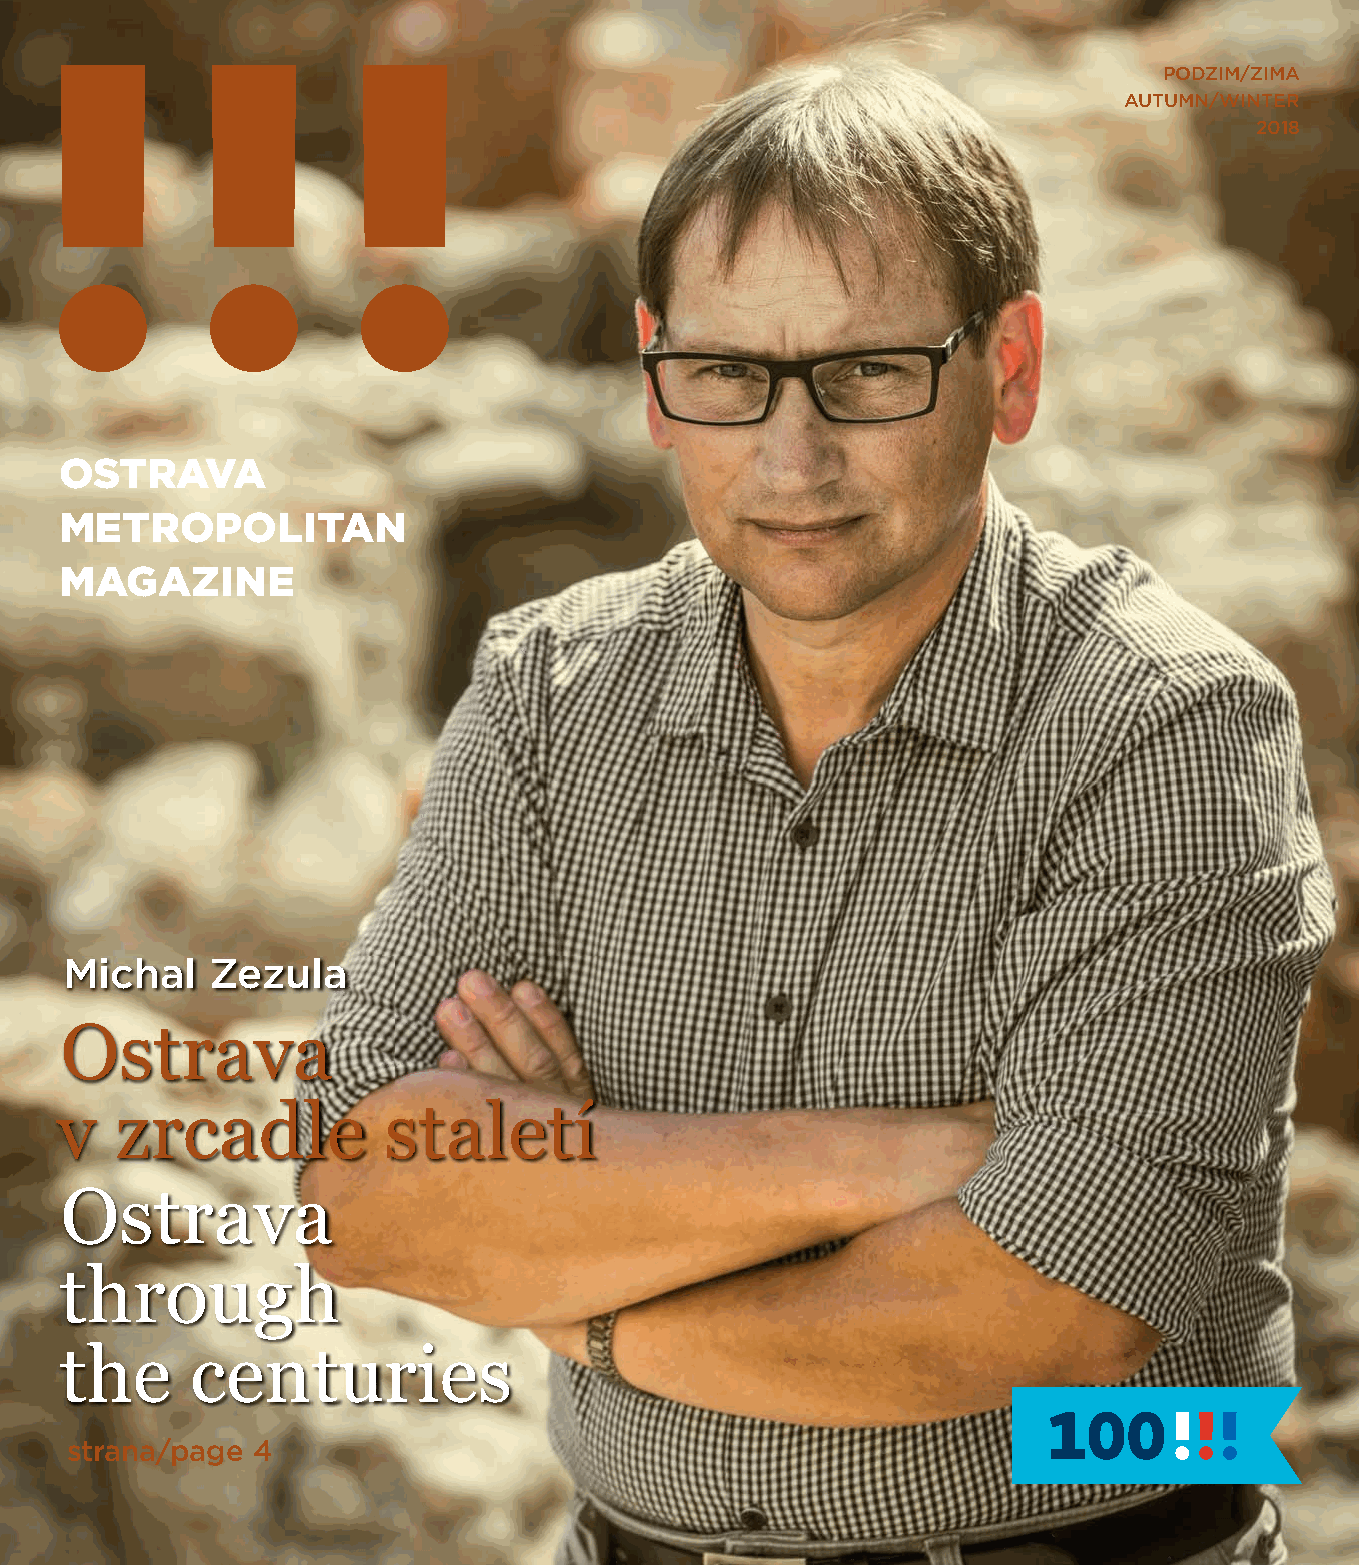
PODZIM/ZIMA
 AUTUMN/WINTER
 2018
 OSTRAVA
 METROPOLITAN
 MAGAZINE
 Michal    Zezula
 Ostrava
 v   zrcadle          staletí
 Ostrava
 through
 the      centuries
 strana/page  4
 1